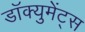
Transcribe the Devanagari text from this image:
डॉक्युमेंट्‌स